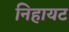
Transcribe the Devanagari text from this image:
निहायट